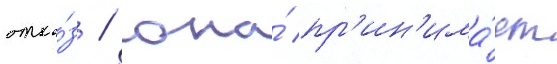
отка́з / она́ пр'ин'има́ет